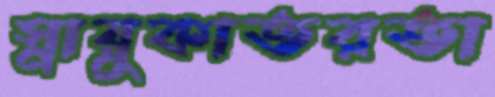
স্নায়ুকাতরতা